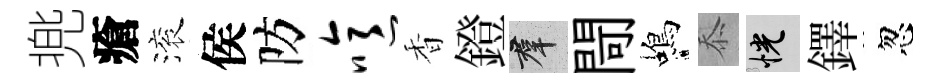
兠瘡滚侯防噫香鐙群閜蝎忝恍鐸忽